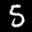
Label: 5